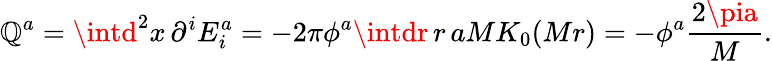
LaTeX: \mathbb{Q}^{a}=\intd^{2}x\, \partial^{i}E_{i}^{a}=-2\pi\phi^{a}\intdr\, r\, aMK_{0}(Mr)=-\phi^{a}\frac{{2\pia}}{{M}}.